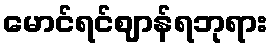
မောင်ရင်ဈာန်ရဘုရား